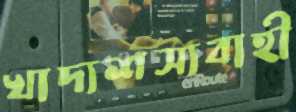
খাদ্যশস্যবাহী